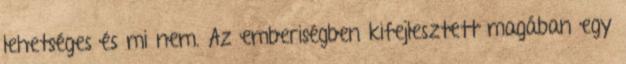
lehetséges és mi nem. Az emberiségben kifejlesztett magában egy